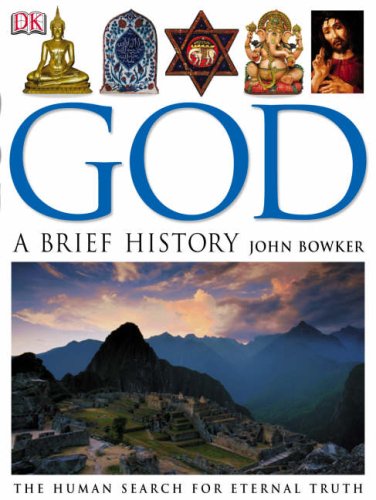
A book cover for God: A Brief History; John Bowker; Religion & Spirituality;